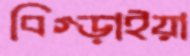
বিগ্‌ড়াইয়া